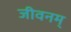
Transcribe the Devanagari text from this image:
जीवनम्